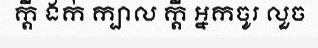
ក្តី ងក់ ក្បាល ក្តី អ្នកចូរ លួច